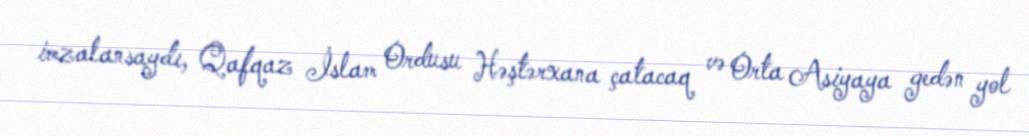
imzalansaydı, Qafqaz İslam Ordusu Həştərxana çatacaq və Orta Asiyaya gedən yol